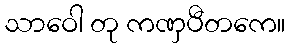
သာဝေါ တု ကဏှပီတကေ။